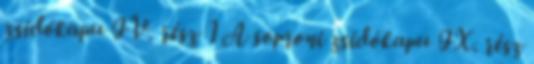
zsidókapu IV. rész 1 A soproni zsidókapu IX. rész